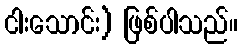
ငါးသောင်း) ဖြစ်ပါသည်။